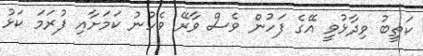
ކަތީބު ވިދާޅުވީ އޭގެ ފަހުން ވެސް ވާރޭ ވެހުނު ކަމަށާއި ފުރަމަ ކަޅު